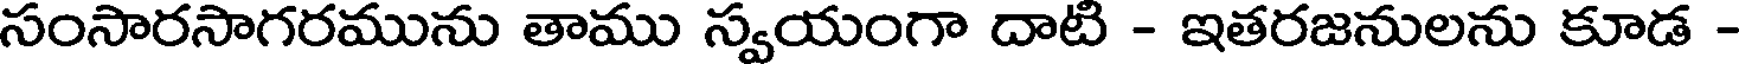
సంసారసాగరమును తాము స్వయంగా దాటి - ఇతరజనులను కూడ -